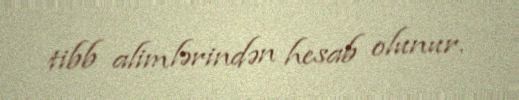
tibb alimlərindən hesab olunur.